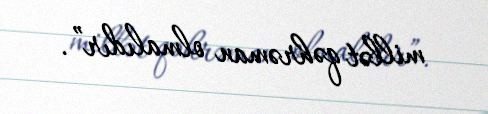
millət qəhrəman olmalıdır”.